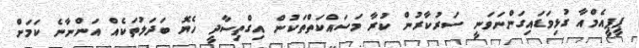
ޕީޕީއެމްއާ ގުޅިވަޑައިގަންނަވަނީ ސަރުކާރުން ކުރާ މަސައްކަތްތަކުން އިގްތިސާދީ ހެޔޮ ބަދަލުތަކެއް އަންނާނެ ކަމަށް